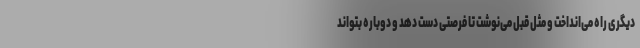
دیگری راه می‌انداخت و مثل قبل می‌نوشت تا فرصتی دست دهد و دوباره بتواند